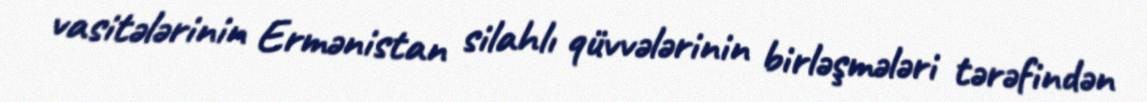
vasitələrinin Ermənistan silahlı qüvvələrinin birləşmələri tərəfindən